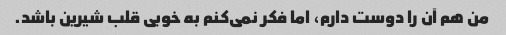
من هم آن را دوست دارم، اما فکر نمی‌کنم به خوبی قلب شیرین باشد.